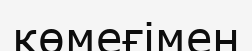
көмеғімен